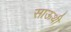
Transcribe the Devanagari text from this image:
साऊथी